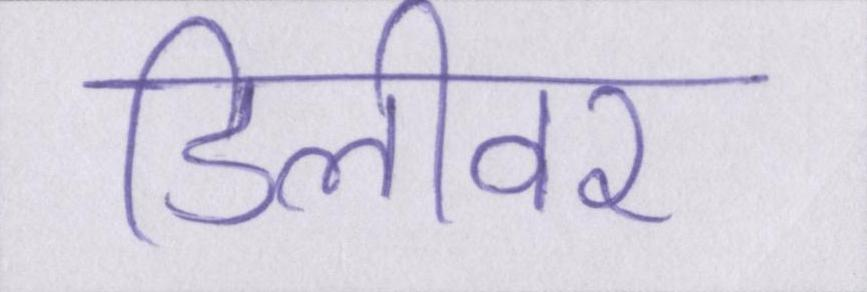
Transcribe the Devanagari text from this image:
डिलीवर